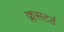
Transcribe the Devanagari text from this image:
क्लसटर्ड